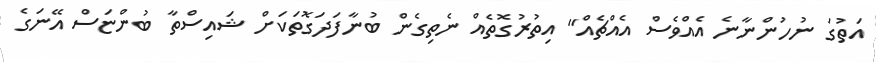
އަތުގަ ނުހުންނާނެ އެއްވެސް އެއްޗެއް" އިތުރުގޮތެއް ނެތިގެން ބުނާފަދަގޮތަކަށް ޝައިސްތާ ބުންޏަސް އޭނަގެ